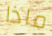
ماذا